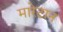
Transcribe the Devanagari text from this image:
मारेटान